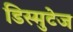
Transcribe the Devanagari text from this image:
डिस्मुटेज